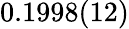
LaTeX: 0.1998(12)